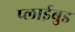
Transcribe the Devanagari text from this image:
प्लाईबुड